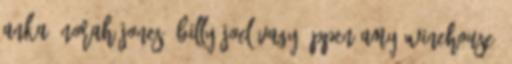
Anka, Norah Jones, Billy Joel vagy éppen Amy Winehouse.